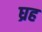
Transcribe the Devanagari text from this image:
घ्रह